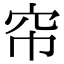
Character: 帘